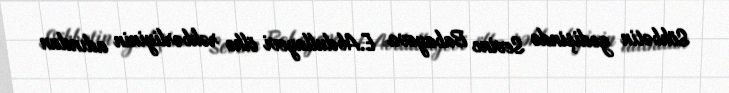
Söhbətin gedişində Sevinc Babayeva E.Abdullayevi ölkə rəhbərliyinin adından